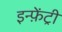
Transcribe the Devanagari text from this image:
इन्फ़ेंट्री